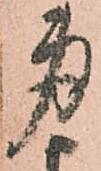
身